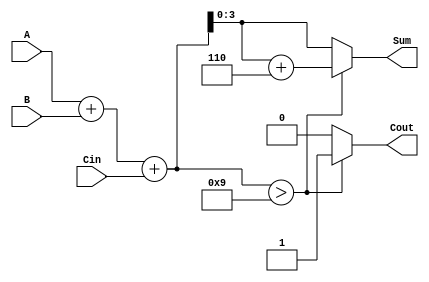
module BCD_Redundant_Binary_Adder (
    input [3:0] A,      // First BCD input in redundant binary format
    input [3:0] B,      // Second BCD input in redundant binary format
    input Cin,          // Carry input
    output reg [3:0] Sum, // BCD output in redundant binary format
    output reg Cout      // Carry output
);

    // Internal signals
    reg [4:0] temp_sum; // Temporary sum to accommodate carry
    reg [4:0] corrected_sum; // Corrected sum after checking BCD limits

    always @(*) begin
        // Step 1: Perform digit-wise addition
        temp_sum = A + B + Cin;

        // Step 2: Check if correction is needed
        if (temp_sum > 9) begin
            // Apply correction (add 6)
            corrected_sum = temp_sum + 5'b00110; // 6 in binary
            Cout = 1; // Set carry out
        end else begin
            corrected_sum = temp_sum; // No correction needed
            Cout = 0; // Clear carry out
        end

        // Step 3: Assign the valid BCD output
        Sum = corrected_sum[3:0]; // Take the lower 4 bits as the BCD output
    end

endmodule